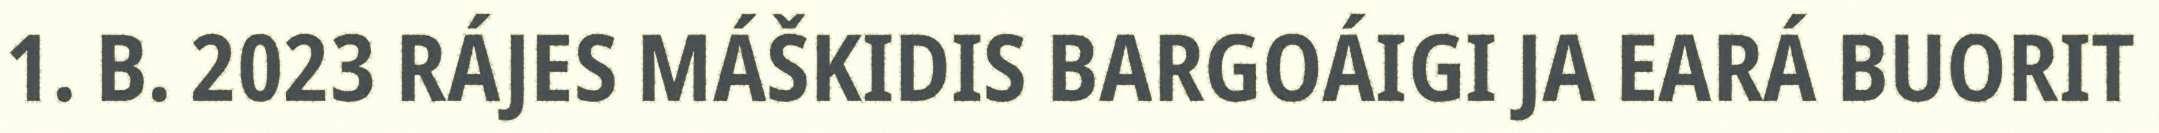
1. B. 2023 RÁJES MÁŠKIDIS BARGOÁIGI JA EARÁ BUORIT